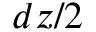
d z / 2